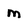
Character: m